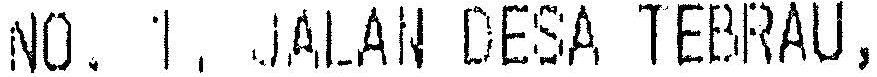
NO. 1, JALAN DESA TEBRAU,